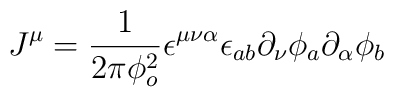
J^\mu = \frac{1}{2\pi \phi_o^2} \epsilon^{\mu \nu \alpha } \epsilon_{ab} \partial_\nu \phi_a \partial_\alpha \phi_b